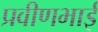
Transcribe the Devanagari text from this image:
प्रवीणभाई